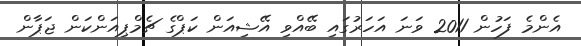
އެންމެ ފަހުން 2011 ވަނަ އަހަރުގައި ބޭއްވި އޭޝިއަން ކަޕްގެ ޗެމްޕިއަންކަން ޖަޕާން